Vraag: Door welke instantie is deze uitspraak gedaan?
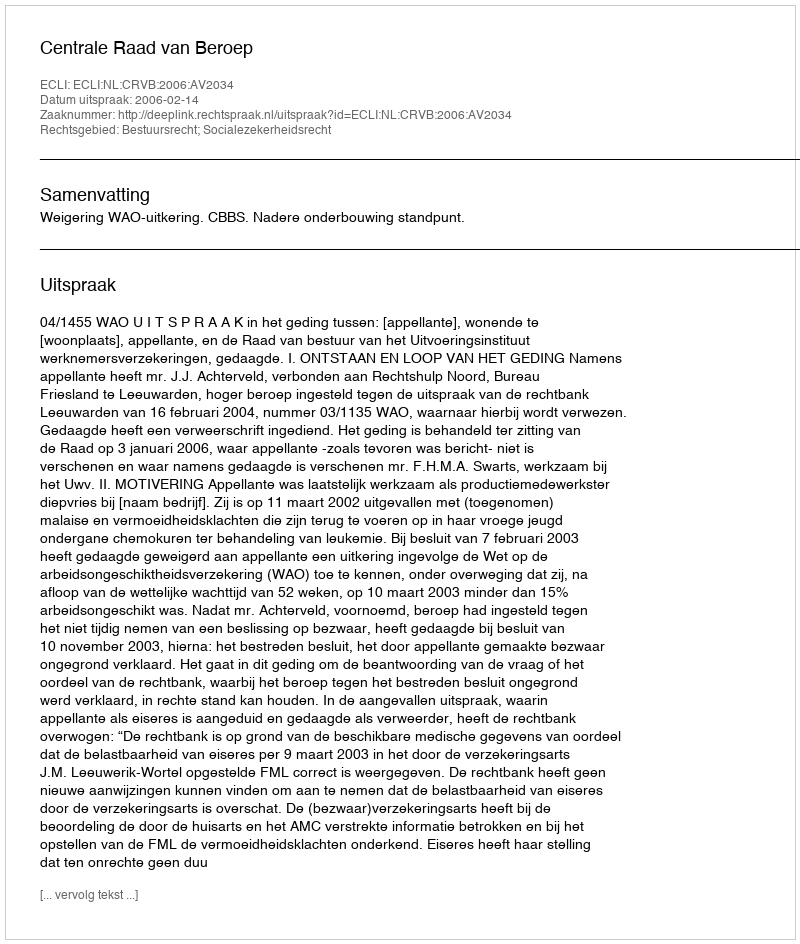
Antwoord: Centrale Raad van Beroep